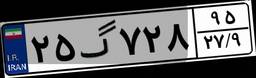
۲۵گ۷۲۸۹۵